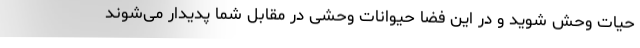
حیات وحش شوید و در این فضا حیوانات وحشی در مقابل شما پدیدار می‌شوند